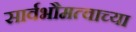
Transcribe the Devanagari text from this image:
सार्वभौमत्वाच्या